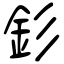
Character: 釤